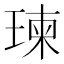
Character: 瑓